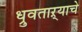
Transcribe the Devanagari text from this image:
ध्रुवताऱ्याचे